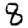
Digit: 8